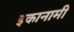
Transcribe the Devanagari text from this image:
इकानामी